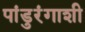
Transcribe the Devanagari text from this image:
पांडुरंगाशी